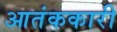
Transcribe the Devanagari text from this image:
आतंककारी